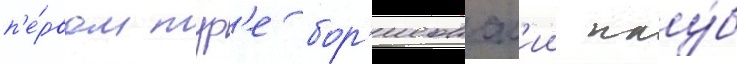
п'е́рвом тур'е бор'исовск'ии клу́б